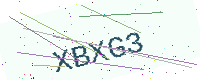
Text: XBXG3